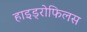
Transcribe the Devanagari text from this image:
हाइड्रोफिलस